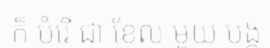
ក៏ បំរើ ជា ខែល មួយ បង្ក